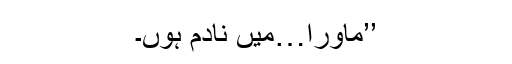
’’ماورا…میں نادم ہوں۔